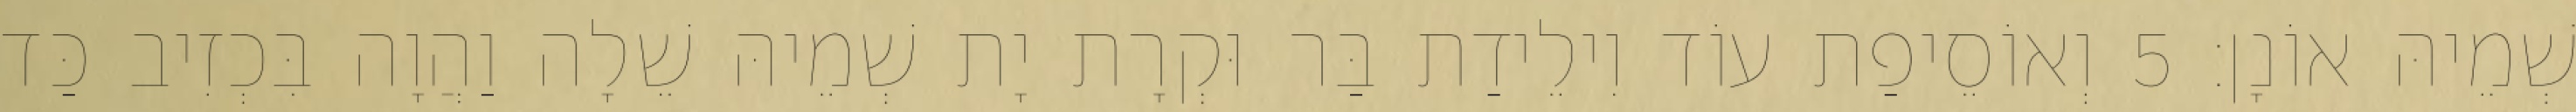
שְׁמֵיהּ אוֹנָן׃ 5 וְאוֹסֵיפַת עוֹד וִילֵידַת בַּר וּקְרָת יָת שְׁמֵיהּ שֵׁלָה וַהֲוָה בִּכְזִיב כַּד